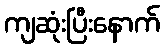
ကျဆုံးပြီးနောက်